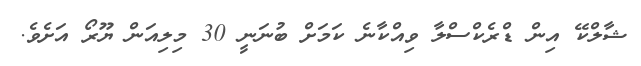
ޝާލްކޭ އިން ޑްރެކްސްލާ ވިއްކާނެ ކަމަށް ބުނަނީ 30 މިލިއަން ޔޫރޯ އަށެވެ.